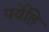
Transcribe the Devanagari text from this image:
पर्येति